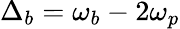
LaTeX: \Delta_{b}=\omega_{b}-2\omega_{p}